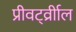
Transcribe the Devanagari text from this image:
प्रीवर्ट्व्रीाल